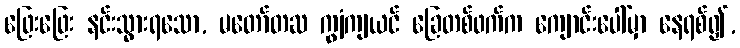
ဖြေးဖြေး နင်းသွားရသော, မတော်တဆ ကျွံကျယင် ခြေတစ်ဖက်က ကျောင်းပေါ်မှာ နေရစ်၍,